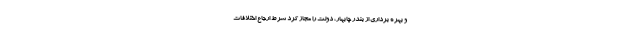
و بهره برداری از بندر چابهار، دولت را مجاز کرد شرط ارجاع اختلافات